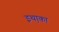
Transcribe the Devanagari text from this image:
इथ़ाका